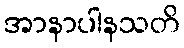
အာနာပါနသတိ